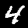
Label: 4